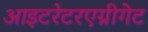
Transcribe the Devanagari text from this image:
आइटरेटरएग्रीगेट